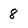
Character: 8